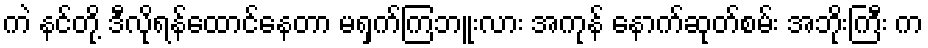
ကဲ နင်တို့ ဒီလိုရန်ထောင်နေတာ မရှက်ကြဘူးလား အကုန် နောက်ဆုတ်စမ်း အဘိုးကြီး က